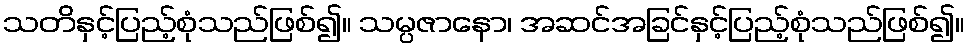
သတိနှင့်ပြည့်စုံသည်ဖြစ်၍။ သမ္ပဇာနော၊ အဆင်အခြင်နှင့်ပြည့်စုံသည်ဖြစ်၍။